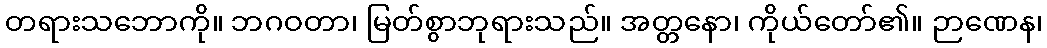
တရားသဘောကို။ ဘဂဝတာ၊ မြတ်စွာဘုရားသည်။ အတ္တနော၊ ကိုယ်တော်၏။ ဉာဏေန၊